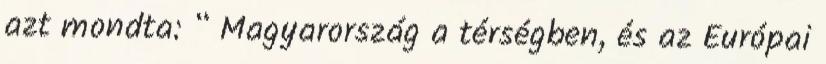
azt mondta: “ Magyarország a térségben, és az Európai